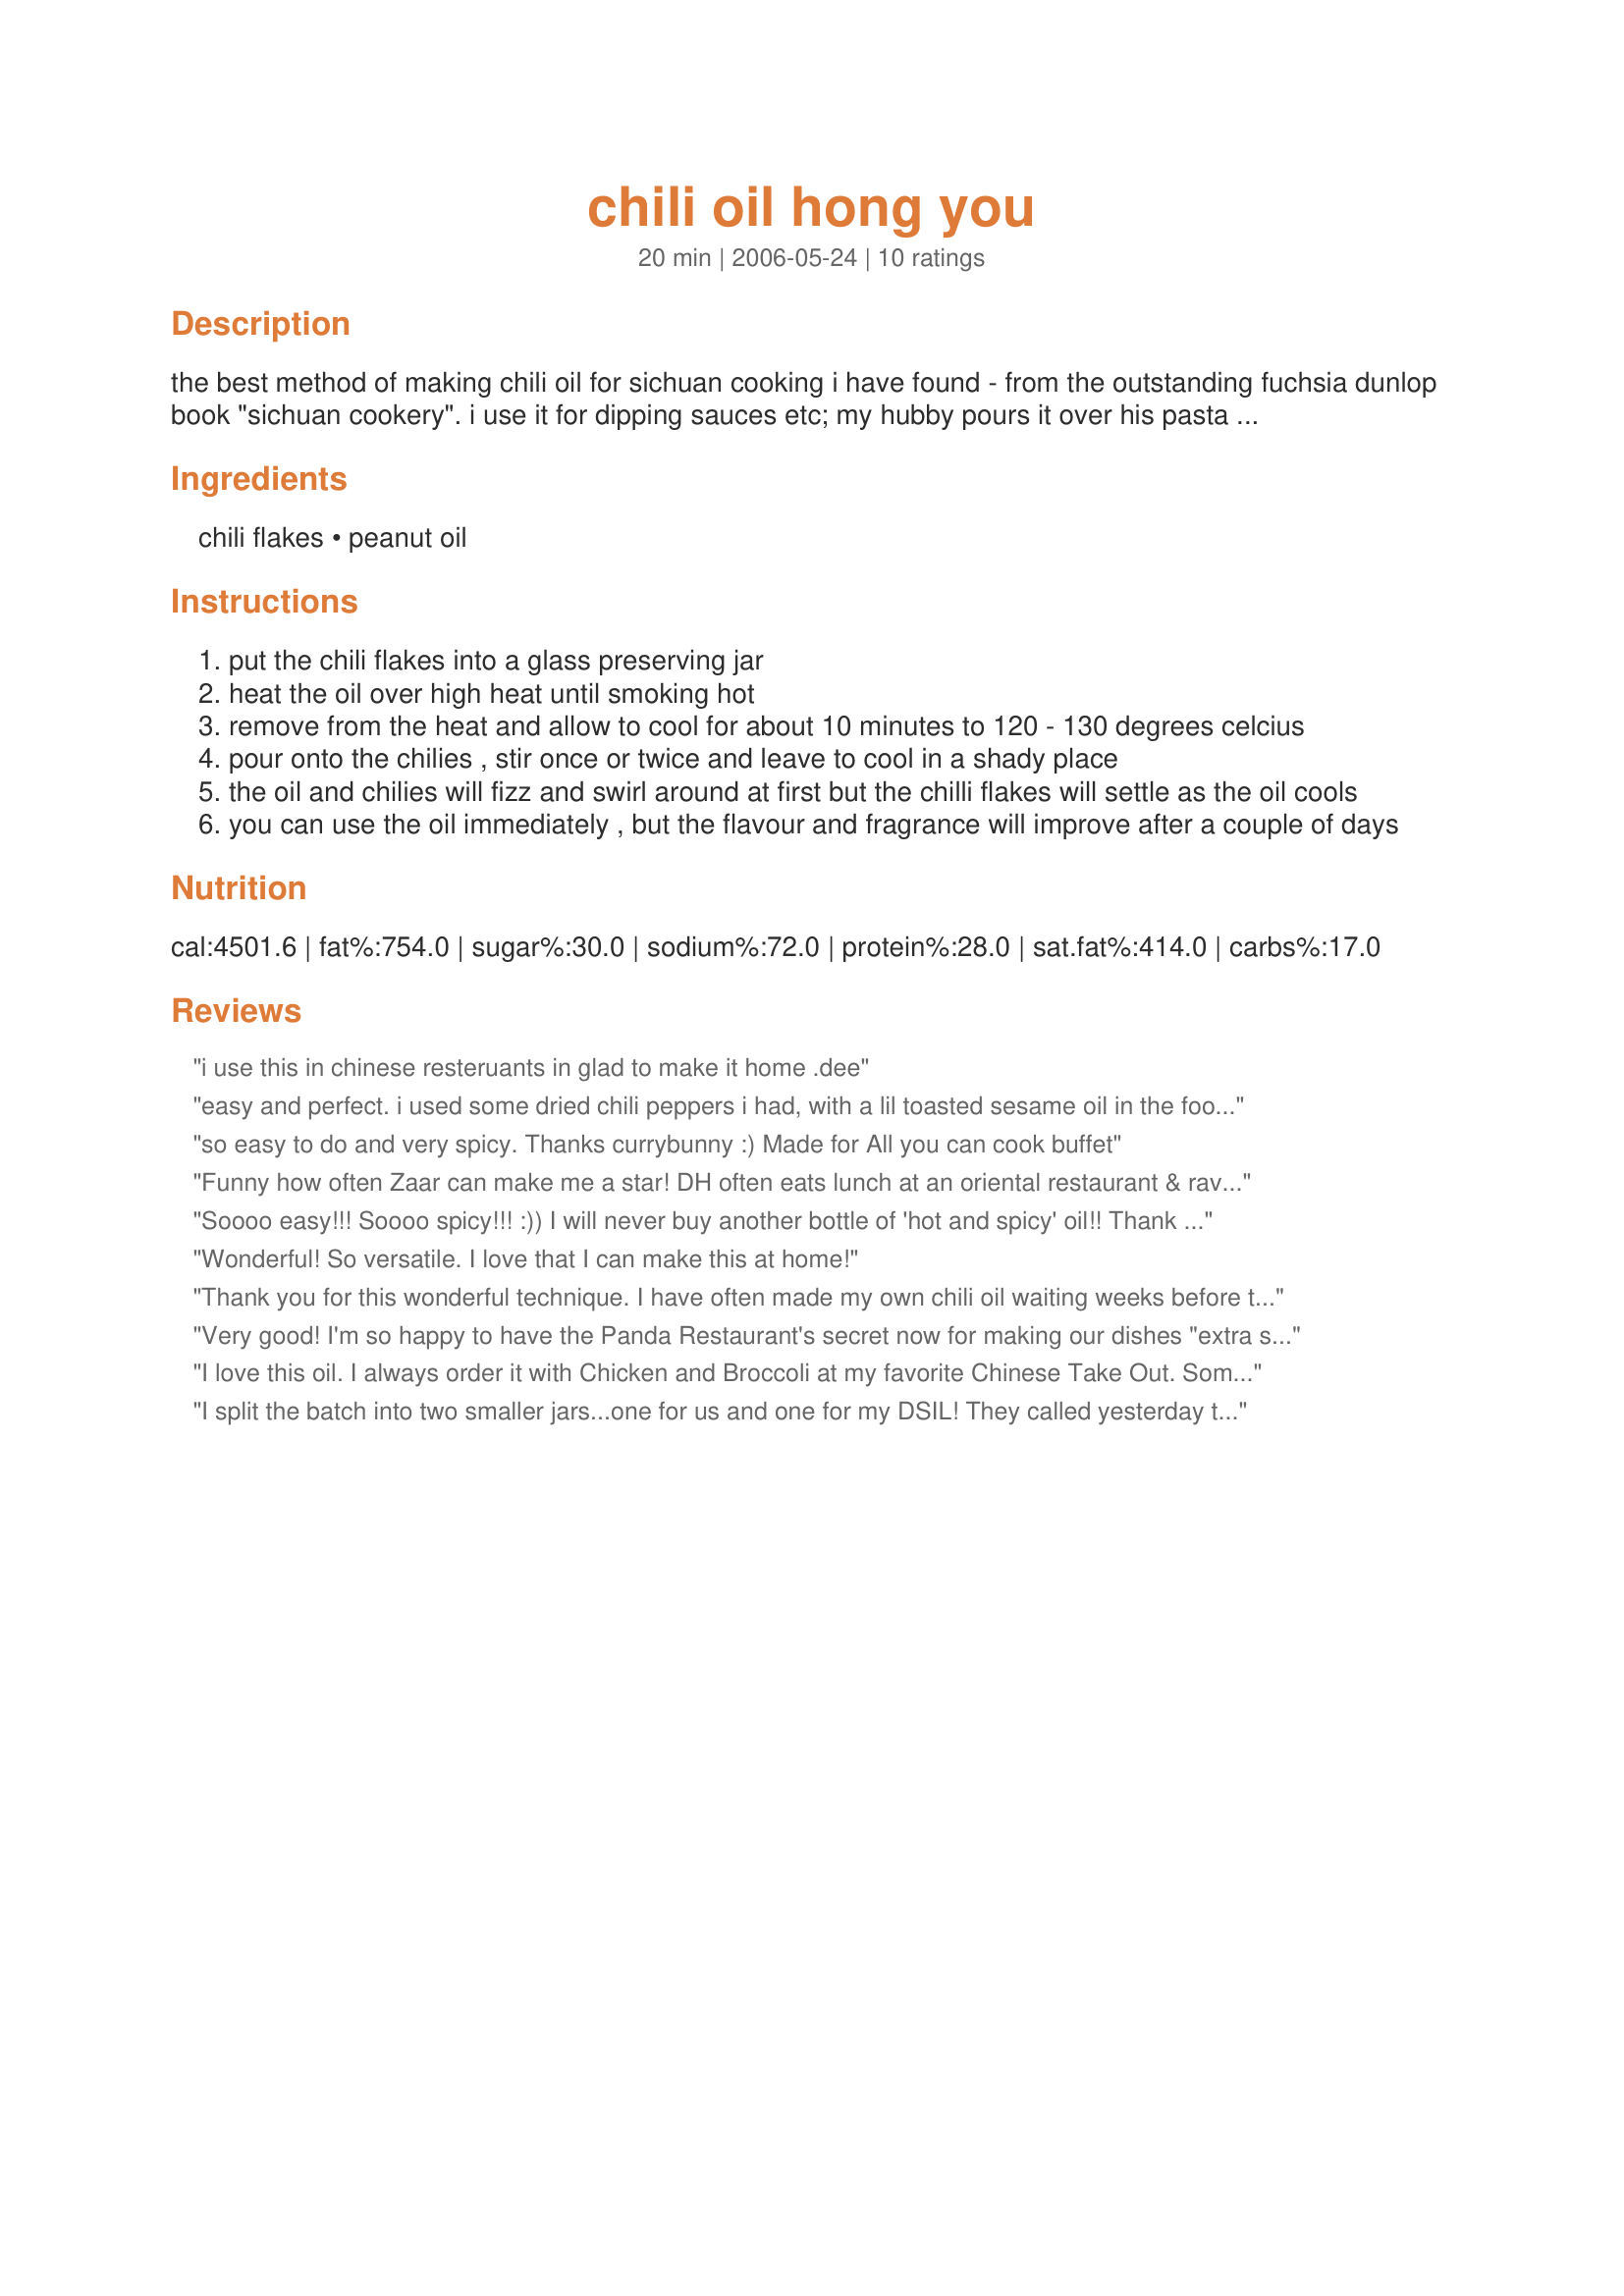
chili oil hong you
Preparation time: 20 minutes

the best method of making chili oil for sichuan cooking i have found - from the outstanding fuchsia dunlop book "sichuan cookery". i use it for dipping sauces etc; my hubby pours it over his pasta for breakfast! the more sediment you have, the hotter it is.

Ingredients:
chili flakes, peanut oil

Steps:
put the chili flakes into a glass preserving jar
heat the oil over high heat until smoking hot
remove from the heat and allow to cool for about 10 minutes to 120 - 130 degrees celcius
pour onto the chilies , stir once or twice and leave to cool in a shady place
the oil and chilies will fizz and swirl around at first but the chilli flakes will settle as the oil cools
you can use the oil immediately , but the flavour and fragrance will improve after a couple of days

Reviews:
 i use this in chinese resteruants in glad to make it home .dee
easy and perfect. i used some dried chili peppers i had, with a lil toasted sesame oil in the food processor. then used canola for the heated oil. also put a garlic clove and a piece of star anise in for a lil extra something. i'll never have to beg the local chinese takeout place again.
so easy to do and very spicy. Thanks currybunny :) Made for All you can cook buffet
Funny how often Zaar can make me a star! DH often eats lunch at an oriental restaurant & raves about this chili oil they served. We had an Asian inspired meal last night & I whipped out this oil before he could even whine! I added LOTS of crushed peppers & a couple of whole, dried ones. Considering his ears smoked when he ate it, I think I got it about right. Thanks so much for posting this!
Soooo easy!!! Soooo spicy!!! :))
I will never buy another bottle of 'hot and spicy' oil!!
Thank you!!
Wonderful! So versatile. I love that I can make this at home!
Thank you for this wonderful technique. I have often made my own chili oil waiting weeks before the cold oil absorbed the chili flavor this cuts the whole process a day or so. Quite fun wathcing the chilis sizzle.
Very good! I'm so happy to have the Panda Restaurant's secret now for making our dishes "extra spicy!" This is it! So easy to make....And now I can add a little to any food I make! Thanks for sharing this -- I'm so glad that I chose to make this for ZWTII! :)
I love this oil. I always order it with Chicken and Broccoli at my favorite Chinese Take Out. Sometimes they forget, and now I have my own! Thanks for posting this recipe.

Nick's Mom
I split the batch into two smaller jars...one for us and one for my DSIL! They called yesterday to say WOW it was very good and very hot....just the way they like it. I haven't had a chance to use mine yet, but I will soon!! Thank you for a GREAT recipe I can make and use as gifts for my "Chili Head Friends"!!
